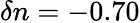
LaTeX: \delta n=-0.70